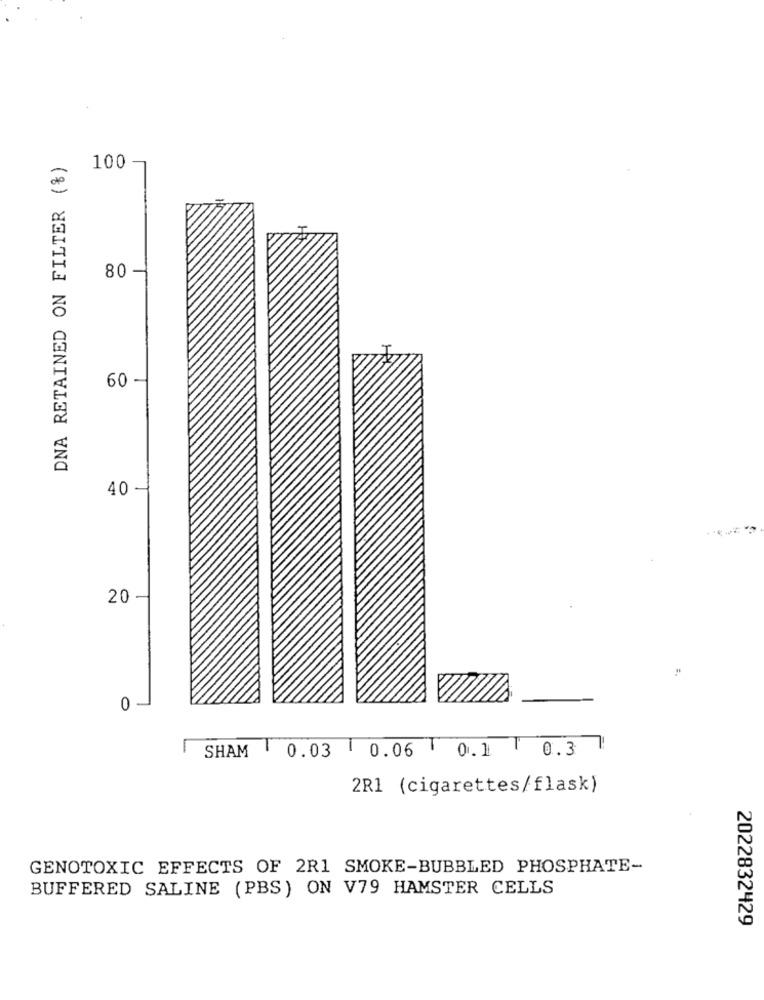
DNA RETAINED ON FILTER (%)
100
80 -
60 -
40-
20 -
0 -
SHAM
0.03 1
0.06 T
0.1 T
0.3
2R1 (cigarettes/flask)
GENOTOXIC EFFECTS OF 2R1 SMOKE-BUBBLED PHOSPHATE-
BUFFERED SALINE (PBS) ON V79 HAMSTER CELLS
2022832429